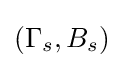
(\Gamma _{s},B_{s})